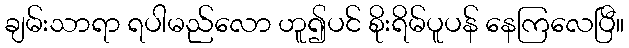
ချမ်းသာရာ ရပါမည်လော ဟူ၍ပင် စိုးရိမ်ပူပန် နေကြလေပြီ။